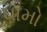
ધામો